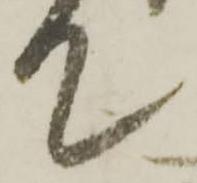
て